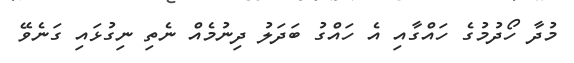
މުދާ ހޯދުމުގެ ހައްގާއި އެ ހައްގު ބަދަލު ދިނުމެއް ނެތި ނިގުޅައި ގަނެވޭ